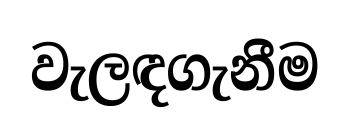
වැලඳගැනීම